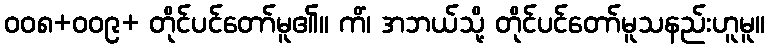
၀၀၈+၀၀၉+ တိုင်ပင်တော်မူ၏။ ကိံ၊ အဘယ်သို့ တိုင်ပင်တော်မူသနည်းဟူမူ။